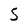
Character: 5